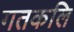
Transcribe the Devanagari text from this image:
गतकलि